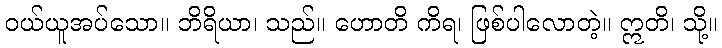
ဝယ်ယူအပ်သော။ ဘိရိယာ၊ သည်။ ဟောတိ ကိရ၊ ဖြစ်ပါလောတဲ့။ ဣတိ၊ သို့။